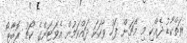
ރަތްކާޑު ދެއްކި މި މެޗަށް ފަހު ވާހަކަ ދައްކަމުން އެވަޓަންގެ ކޯޗު ރޮބާޓޯ